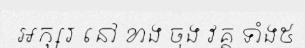
អក្សរ នៅ ខាង ចុង វគ្គ ទាំង៥